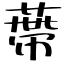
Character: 蔕